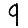
Digit: 9